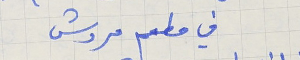
في مطعم مروش